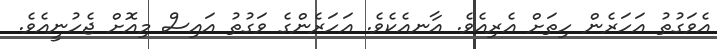
އެވަގުތު އަހަރެން ހިތަށް އެރިއެވެ. އާނއެކެވެ. އަހަރެންގެ ވަގުތު އައިސް މިއޮށް ޖެހުނީއެވެ.